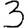
Digit: 3